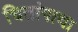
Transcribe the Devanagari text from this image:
चितांगाचा